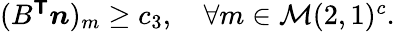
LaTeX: \begin{array}{r}{(B^{\boldsymbol{\mathsf{T}}}\boldsymbol{n})_{m}\ge c_{3},\quad\forall m\in\mathcal{M}(2,1)^{c}.}\end{array}